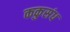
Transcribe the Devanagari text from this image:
ककुसंध